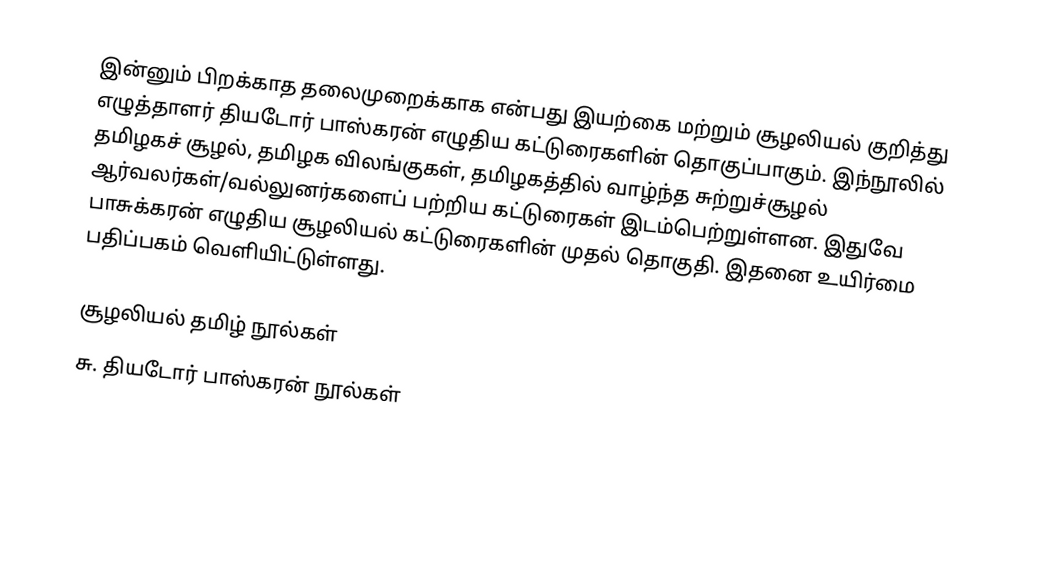
இன்னும் பிறக்காத தலைமுறைக்காக என்பது இயற்கை மற்றும் சூழலியல் குறித்து எழுத்தாளர் தியடோர் பாஸ்கரன் எழுதிய கட்டுரைகளின் தொகுப்பாகும். இந்நூலில் தமிழகச் சூழல், தமிழக விலங்குகள், தமிழகத்தில் வாழ்ந்த சுற்றுச்சூழல் ஆர்வலர்கள்/வல்லுனர்களைப் பற்றிய கட்டுரைகள் இடம்பெற்றுள்ளன. இதுவே பாசுக்கரன் எழுதிய சூழலியல் கட்டுரைகளின் முதல் தொகுதி. இதனை உயிர்மை பதிப்பகம் வெளியிட்டுள்ளது.

சூழலியல் தமிழ் நூல்கள்
சு. தியடோர் பாஸ்கரன் நூல்கள்